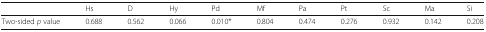
<table><thead><tr><td></td><td><b>Hs</b></td><td><b>D</b></td><td><b>Hy</b></td><td><b>Pd</b></td><td><b>Mf</b></td><td><b>Pa</b></td><td><b>Pt</b></td><td><b>Sc</b></td><td><b>Ma</b></td><td><b>Si</b></td></tr></thead><tbody><tr><td>Two-sided <i>p</i> value</td><td>0.688</td><td>0.562</td><td>0.066</td><td>0.010*</td><td>0.804</td><td>0.474</td><td>0.276</td><td>0.932</td><td>0.142</td><td>0.208</td></tr></tbody></table>